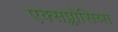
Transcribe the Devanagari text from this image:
एक्सप्लोसिव्स